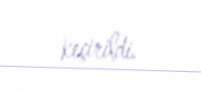
keçirildi.